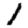
Digit: 1